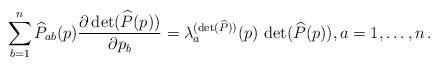
LaTeX: \begin{align*} \sum_{b=1}^n{\widehat P}_{ab}(p)\frac{\partial\det({\widehat P}(p))}{\partial p_b}=\lambda_a^{(\det({\widehat P}))}(p)\,\det({\widehat P}(p)),a=1,\ldots,n\,.\end{align*}